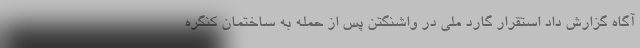
آگاه گزارش داد استقرار گارد ملی در واشنگتن پس از حمله به ساختمان کنگره